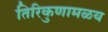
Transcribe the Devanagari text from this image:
तिरिकुणामळय